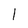
Character: l